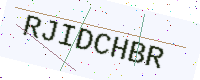
Text: RJIDCHBR